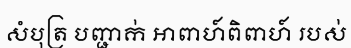
សំបុត្រ បញ្ជាក់ អាពាហ៍ពិពាហ៍ របស់